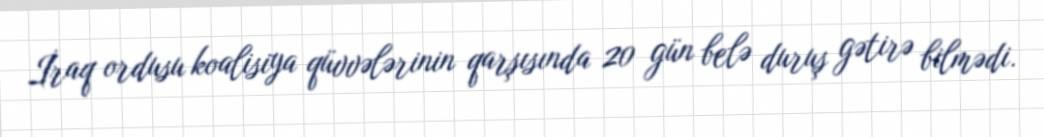
İraq ordusu koalisiya qüvvələrinin qarşısında 20 gün belə duruş gətirə bilmədi.